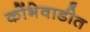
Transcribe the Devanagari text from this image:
कोंभेवाडीत